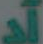
تد